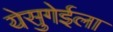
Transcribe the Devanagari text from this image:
येसुगेईला